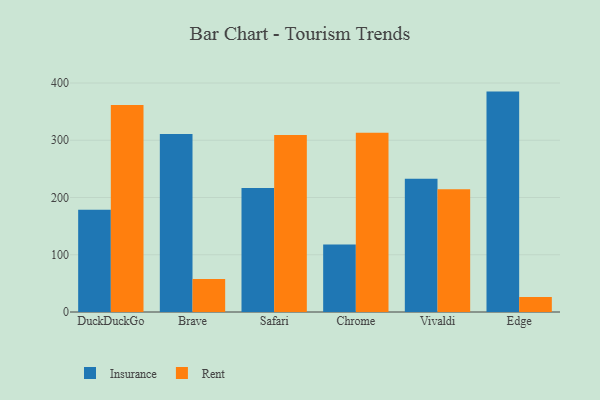
{"axis": {"x": "Browser", "y": "Revenue (USD Million)"}, "legend": ["Insurance", "Rent"], "data": [{"x": "DuckDuckGo", "y": 178.6, "type": "Insurance"}, {"x": "DuckDuckGo", "y": 361.8, "type": "Rent"}, {"x": "Brave", "y": 311.1, "type": "Insurance"}, {"x": "Brave", "y": 57.6, "type": "Rent"}, {"x": "Safari", "y": 216.4, "type": "Insurance"}, {"x": "Safari", "y": 309.4, "type": "Rent"}, {"x": "Chrome", "y": 117.9, "type": "Insurance"}, {"x": "Chrome", "y": 313.3, "type": "Rent"}, {"x": "Vivaldi", "y": 232.9, "type": "Insurance"}, {"x": "Vivaldi", "y": 214.3, "type": "Rent"}, {"x": "Edge", "y": 385.0, "type": "Insurance"}, {"x": "Edge", "y": 26.2, "type": "Rent"}]}